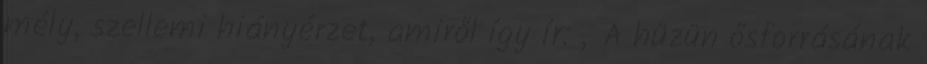
mély, szellemi hiányérzet, amiről így ír: „A hüzün ősforrásának